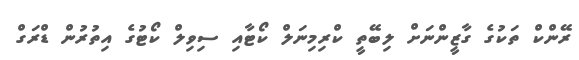
ރޭންކް ތަކުގެ ގާޒީންނަށް ލިބޭތީ ކްރިމިނަލް ކޯޓާއި ސިވިލް ކޯޓުގެ އިތުރުން ޑްރަގް